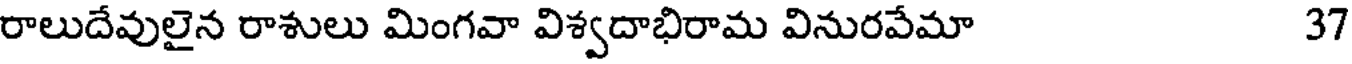
రాలుదేవులైన రాశులు మింగవా విశ్వదాభిరామ వినురవేమా 37